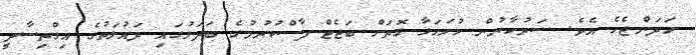
ހަދަންޖެހެ އެވެ. ސަރުކާރުން ހުށަހަޅާ ގޮތަށް ބަޖެޓް ފާސްކުރުމުގެ ބަދަލުގައި ދައުލަތުގެ އިގްތިސާދީ